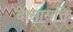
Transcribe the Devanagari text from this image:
दासासक्ति